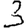
Digit: 3